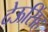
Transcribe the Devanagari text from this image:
देऊसिंह